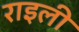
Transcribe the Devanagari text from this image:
राइली